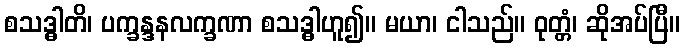
စသဒ္ဓါတိ၊ ပက္ခန္ဒနလက္ခဏာ စသဒ္ဓါဟူ၍။ မယာ၊ ငါသည်။ ဝုတ္တံ၊ ဆိုအပ်ပြီ။